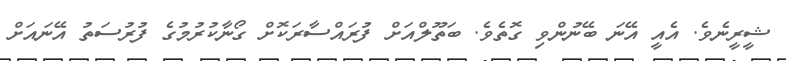
ޝީރީނެވެ. އެއީ އޭނަ ބޭނުންވި ގޮތެވެ. ބަތޫލްއަށް ފުރައްސާރަކޮށް ގޯނާކުރުމުގެ ފުރުސަތު އޭނައަށް